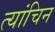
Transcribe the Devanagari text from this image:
त्यांचिन